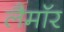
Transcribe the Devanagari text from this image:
लैमॉर